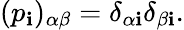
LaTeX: (p_{\mathbf{i}})_{\alpha\beta}=\delta_{\alpha\mathbf{i}}\delta_{\beta\mathbf{i}}.